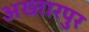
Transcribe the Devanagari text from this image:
अख्तारपुर